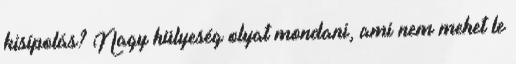
kisípolás? Nagy hülyeség olyat mondani, ami nem mehet le